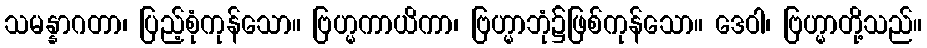
သမန္နာဂတာ၊ ပြည့်စုံကုန်သော။ ဗြဟ္မကာယိကာ၊ ဗြဟ္မာဘုံ၌ဖြစ်ကုန်သော။ ဒေဝါ၊ ဗြဟ္မာတို့သည်။